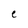
Character: e